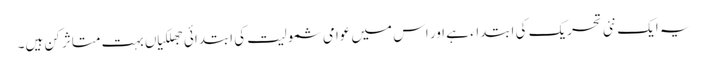
یہ ایک نئی تحریک کی ابتداء ہے اور اس میں عوامی شمولیت کی ابتدائی جھلکیاں بہت متاثر کن ہیں۔